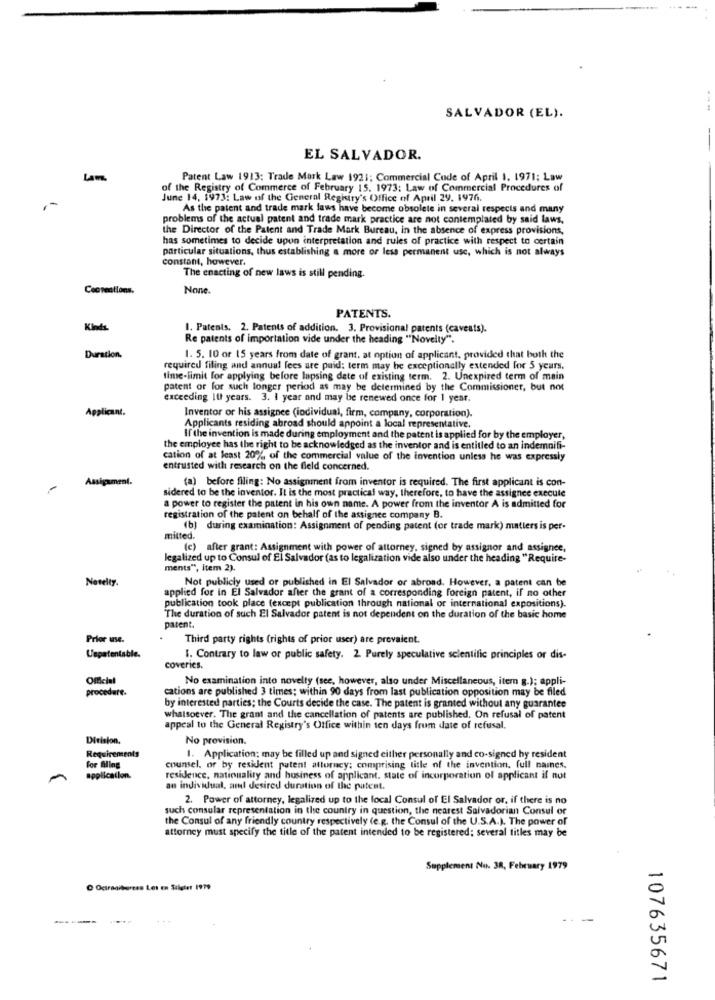
SALVADOR (EL).
---
EL SALVADOR.
Patent Law 1913: Trade Mark Law 1921; Commercial Code of April 1, 1971; Law
of the Registry of Commerce of February 15. 1973: Law of Commercial Procedures of
June 14, 1973: Law of the General Registry's Office of April 29. 1976.
As the patent and trade mark laws have become obsolete in several respects and many
problems of the actual patent and trade mark practice are not contemplated by said laws,
the Director of the Patent and Trade Mark Bureau, in the absence of express provisions,
has sometimes to decide upon interpretation and rules of practice with respect to certain
particular situations, thus establishing a more or less permanent use, which is not always
constant, however.
The enacting of new laws is still pending.
Cecreations.
None.
PATENTS.
Kinds.
1. Patents. 2. Patents of addition. 3. Provisional patents (caveats).
Re patents of importation vide under the heading "Novelty".
Duration.
1. 5. 10 or 15 years from date of grant, at option of applicant, provided that both the
required filing and annual fees are paid: term may be exceptionally extended for 5 years.
time-limit for applying before lapsing date of existing term. 2. Unexpired term of main
patent or for such longer period as may be determined by the Commissioner, but not
exceeding It years. 3. I year and may be renewed once for 1 year.
Applicant.
Inventor or his assignee (individual, firm, company, corporation).
Applicants residing abroad should appoint a local representative.
If the invention is made during employment and the patent is applied for by the employer,
the employee has the right to be acknowledged as the inventor and is entitled to an indemnifi-
cation of at least 20% of the commercial value of the invention unless he was expressly
entrusted with research on the field concerned.
Assignment.
(a) before filing: No assignment from inventor is required. The first applicant is con-
sidered to be the inventor. It is the most practical way, therefore, to have the assignee execute
a power to register the patent in his own name. A power from the inventor A is admitted for
registration of the patent on behalf of the assignee company B.
(b) during examination: Assignment of pending patent (or trade mark) matters is per-
mitted.
(c) after grant: Assignment with power of attorney, signed by assignor and assignee,
legalized up to Consul of El Salvador (as to legalization vide also under the heading "Require-
ments", item 2).
Netelty.
Not publicly used or published in El Salvador or abroad. However, a patent can be
publication took place (except publication through national or international expositions).
applied for in El Salvador after the grant of a corresponding foreign patent, if no other
The duration of such El Salvador patent is not dependent on the duration of the basic home
patent.
Prior use.
Third party rights (rights of prior user) are prevalent.
Uspatentable.
1. Contrary to law or public safety. 2. Purely speculative scientific principles or dis-
coveries.
Official
No examination into novelty (see, however, also under Miscellaneous, item g.); appli-
procedure.
cations are published 3 times; within 90 days from last publication opposition may be filed
by interested parties; the Courts decide the case. The patent is granted without any guarantee
whatsoever. The grant and the cancellation of patents are published. On refusal of patent
appeal to the General Registry's Office within ten days from date of refusal.
Division.
No provision.
Requirements
1. Application: may be filled up and signed either personally and co-signed hy resident
For Biling
counsel, or by resident patent attorney; comprising title of the invention. full names.
application.
residence, nationality and business of applicant. state of incorporation of applicant if not
an individual, and desired duration of the patent.
2. Power of attorney, legalized up to the local Consul of El Salvador or, if there is no
such consular representation in the country in question, the nearest Salvadorian Consul or
the Consul of any friendly country respectively (e.g. the Consul of the U.S.A.). The power of
attorney must specify the title of the patent intended to be registered; several titles may be
Supplement No. 38, February 1979
C Octragibaress Les en Sulater 1979
---
107635671